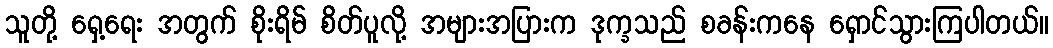
သူတို့ ရှေ့ရေး အတွက် စိုးရိမ် စိတ်ပူလို့ အများအပြားက ဒုက္ခသည် စခန်းကနေ ရှောင်သွားကြပါတယ်။